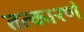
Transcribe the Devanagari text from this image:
तत्कारणं